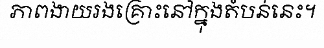
ភាពងាយរងគ្រោះនៅក្នុងតំបន់នេះ។